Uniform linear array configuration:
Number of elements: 64
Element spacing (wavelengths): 1
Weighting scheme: hann
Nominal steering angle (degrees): -15
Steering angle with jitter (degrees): -15.095
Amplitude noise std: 0.05
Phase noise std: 0.05

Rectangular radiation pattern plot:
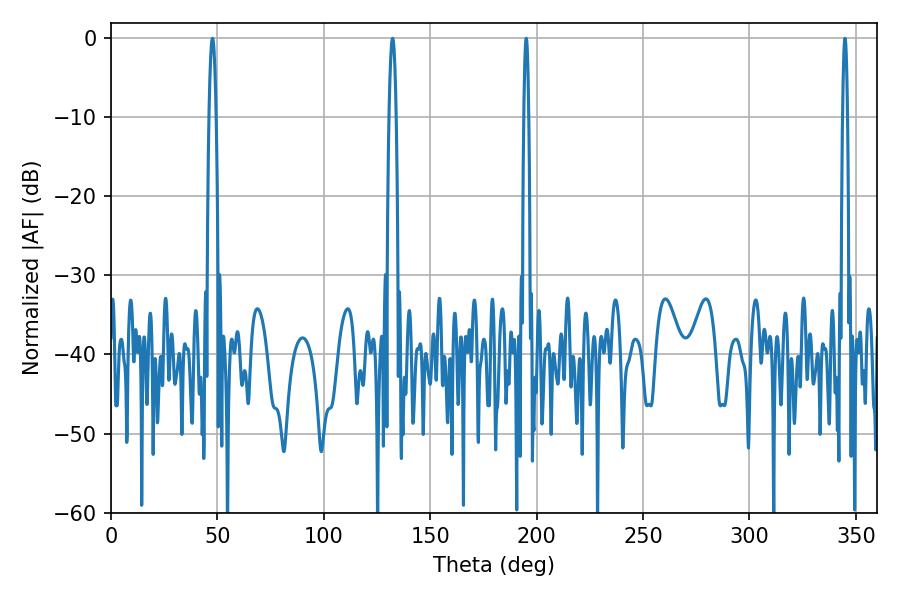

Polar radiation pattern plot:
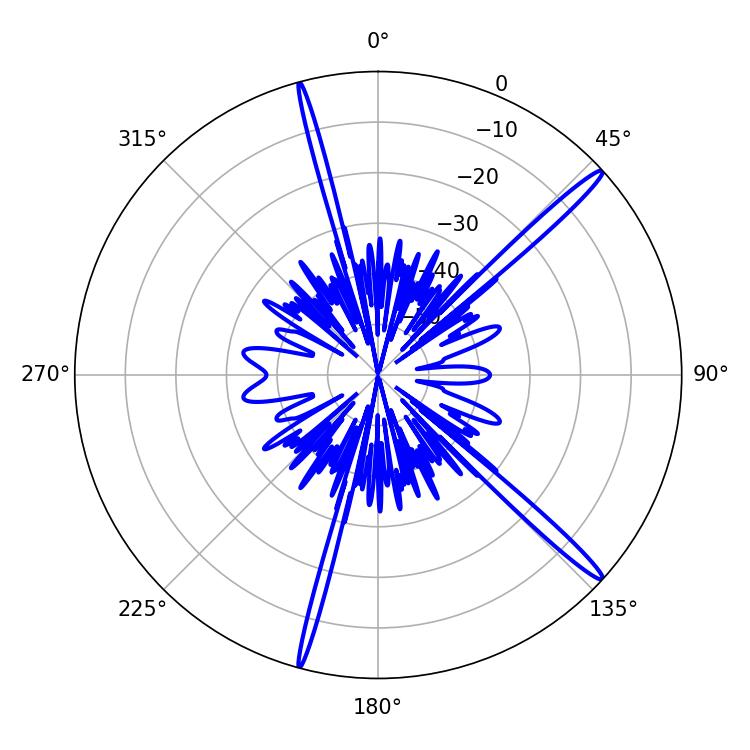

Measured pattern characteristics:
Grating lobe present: TRUE
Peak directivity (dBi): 17.045
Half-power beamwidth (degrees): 1.8
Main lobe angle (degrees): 132.3